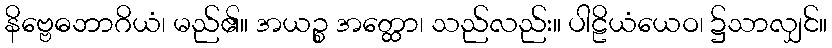
နိဗ္ဗေဓဘာဂိယံ၊ မည်၏။ အယဉ္စ အတ္ထော၊ သည်လည်း။ ပါဠိယံယေဝ၊ ၌သာလျှင်။